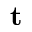
\mathbf { t }